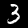
Label: 3